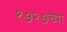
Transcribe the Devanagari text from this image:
१७२७च्या